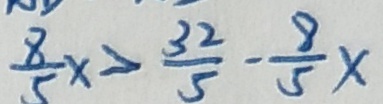
\frac { 8 } { 5 } x > \frac { 3 2 } { 5 } - \frac { 8 } { 5 } x